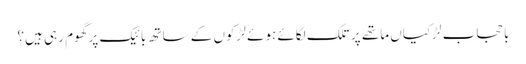
با حجاب لڑکیاں ماتھے پر تلک لگائے ہوئے لڑکوں کے ساتھ بائیک پر گھوم رہی ہیں؟